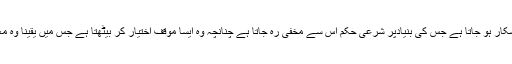
مذکورہ بیانات سے مقصود یہ ہے کہ انسان گاہے بہ گاہے نسیان کا شکار ہو جاتا ہے جس کی بنیادپر شرعی حکم اس سے مخفی رہ جاتا ہے چنانچہ وہ ایسا موقف اختیار کر بیٹھتا ہے جس میں یقینا وہ معذور ہوتا ہے لیکن جس کو دلیل کا علم ہوجائے تو پھر وہ معذور نہیں۔